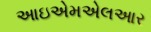
આઇએમએલઆર